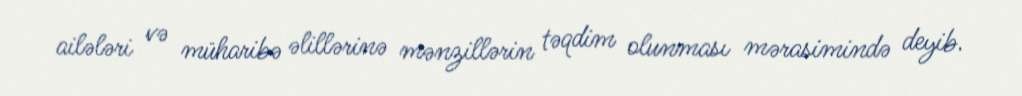
ailələri və müharibə əlillərinə mənzillərin təqdim olunması mərasimində deyib.